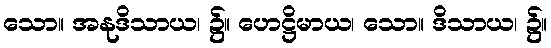
သော။ အနုဒိသာယ၊ ၌။ ဟေဋ္ဌိမာယ၊ သော။ ဒိသာယ၊ ၌။